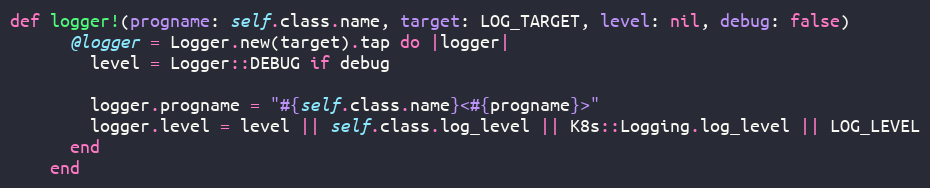
Language: Ruby
def logger!(progname: self.class.name, target: LOG_TARGET, level: nil, debug: false)
      @logger = Logger.new(target).tap do |logger|
        level = Logger::DEBUG if debug

        logger.progname = "#{self.class.name}<#{progname}>"
        logger.level = level || self.class.log_level || K8s::Logging.log_level || LOG_LEVEL
      end
    end